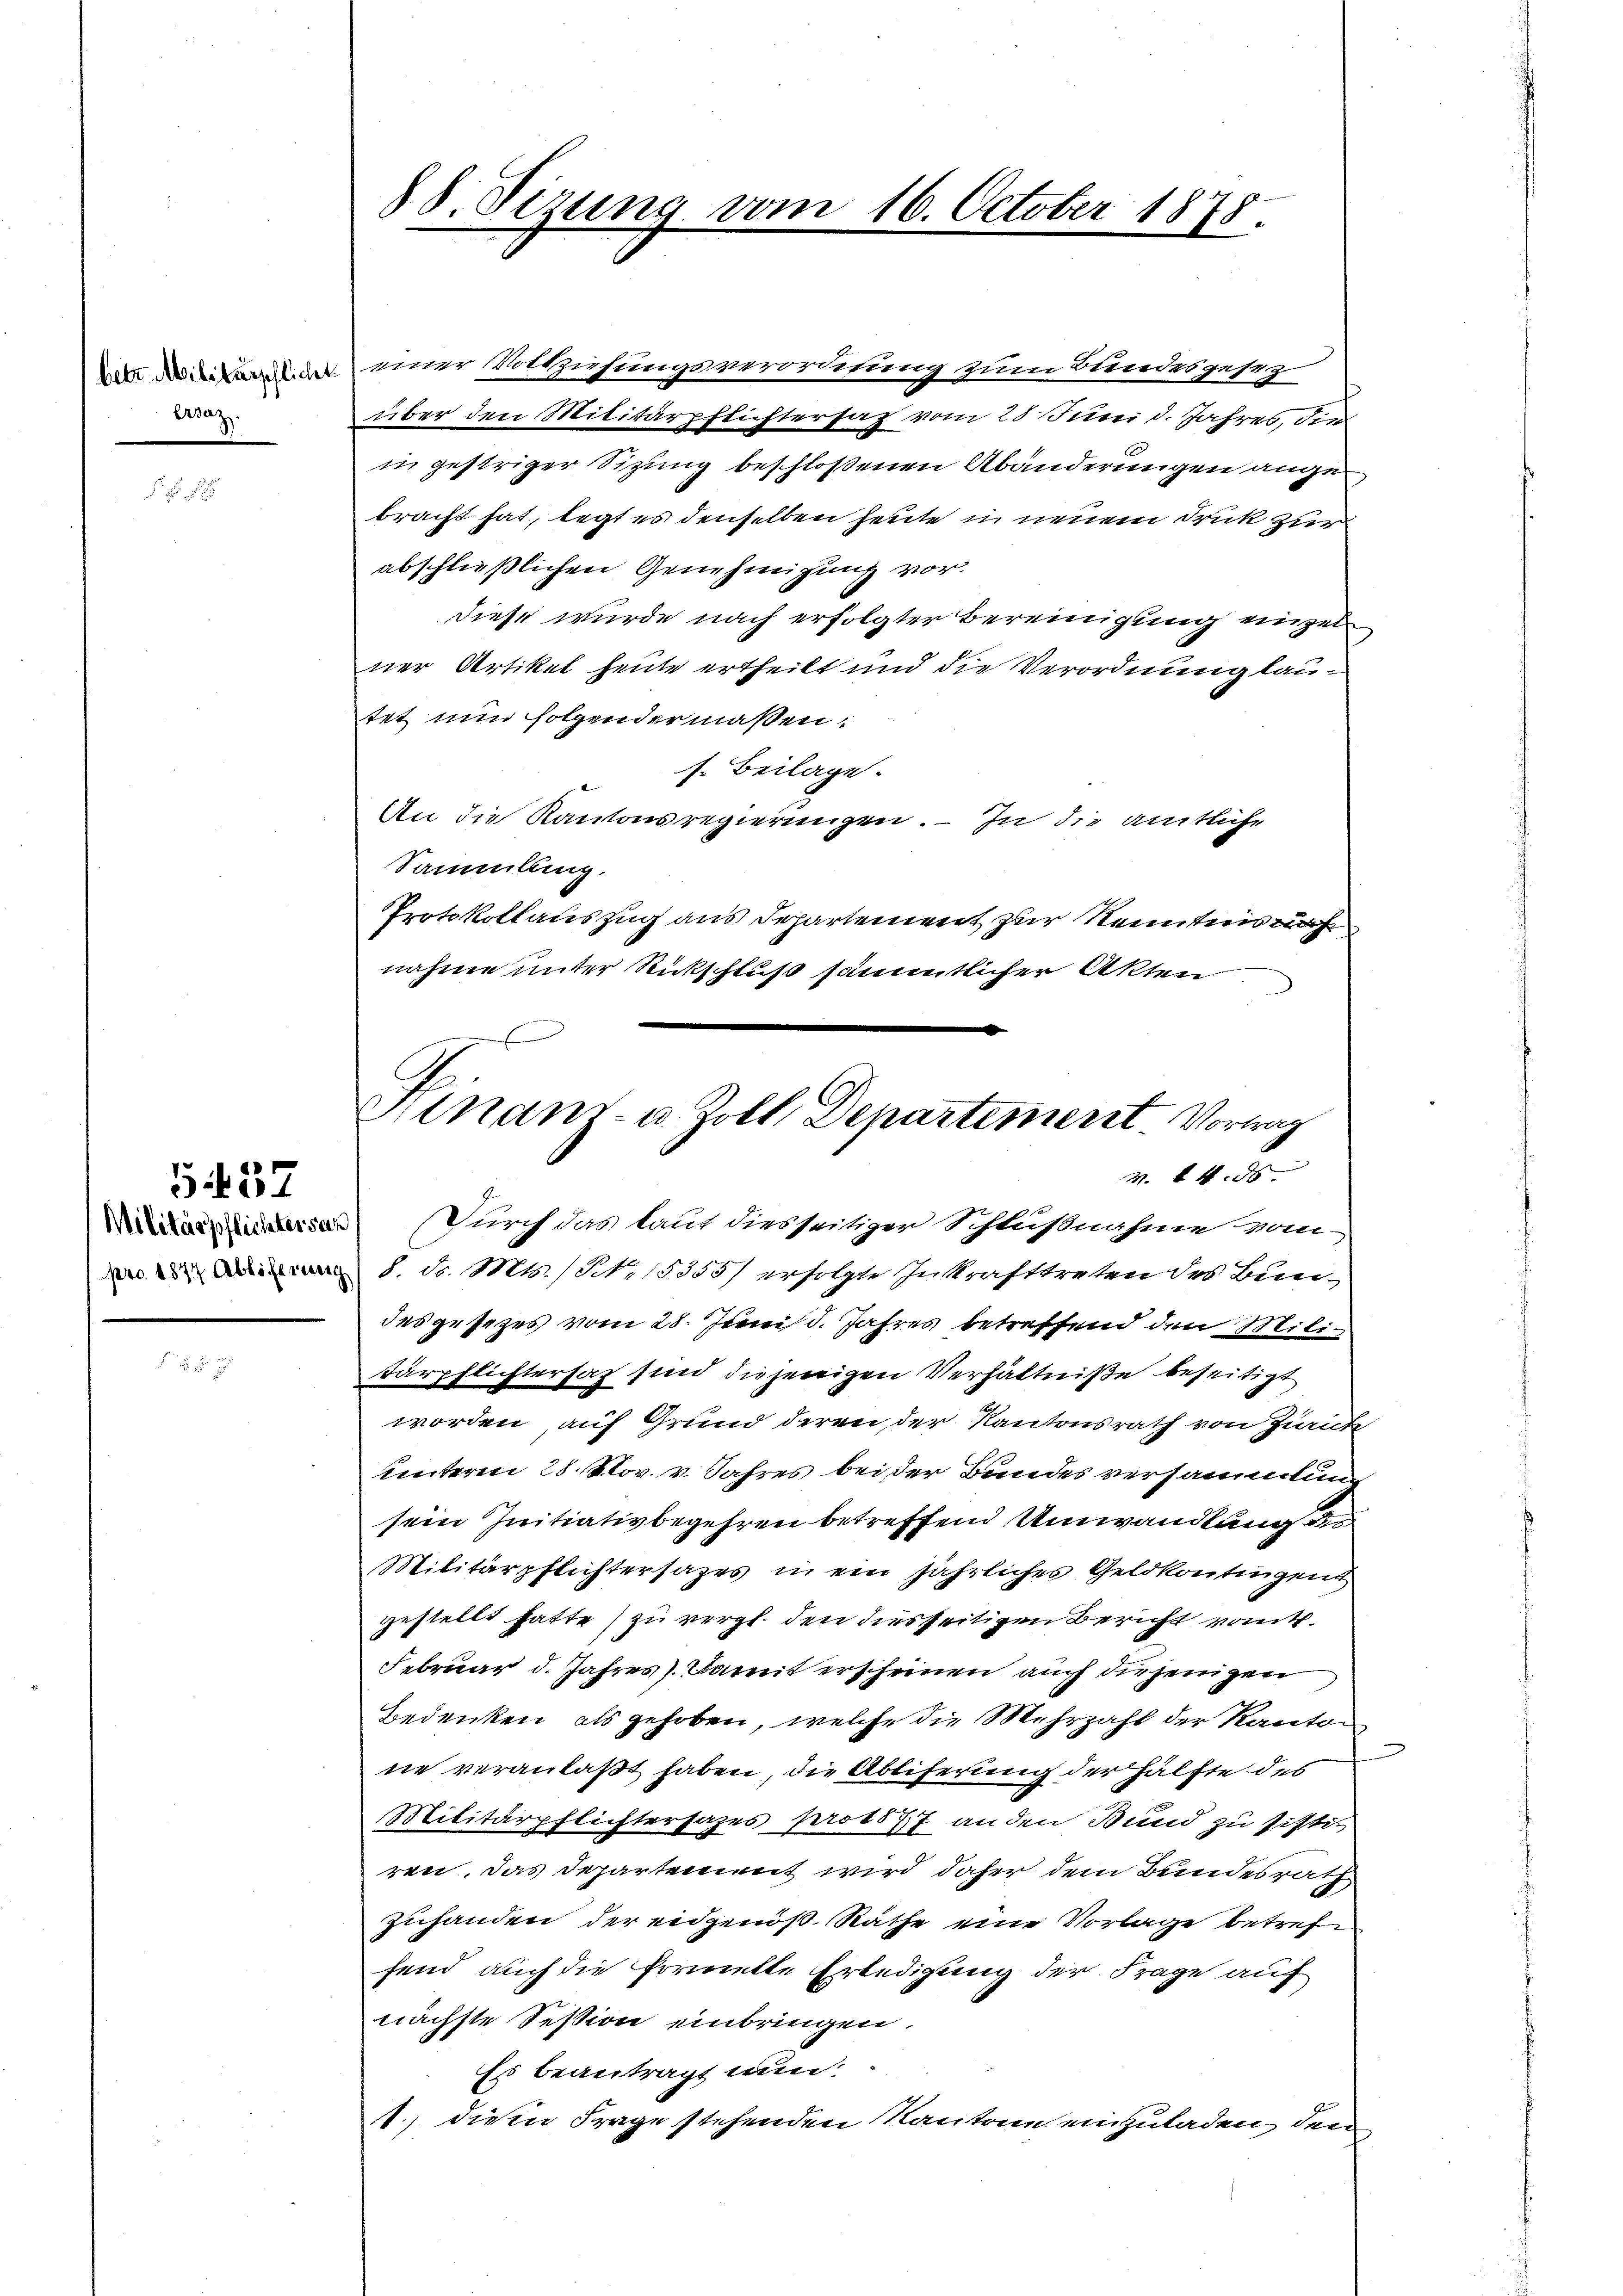
Ersatz.

Militärpflichter san

5457

88. Sizung vom 16. October 1878.

de einer Vollziehungsverordtung zum Bundesgesez
über den Militärpflichtersaz vom 28. Juni d. Jahres, die
in gestriger Sizung beschloßenen Abänderungen angebracht hat, legt es denselben heute in neuem Druk zur
abschließlichen Genehmigung vor.
diese wurde nach erfolgter Bereinigung einzelner Artikel heute ertheilt und die Verordnung lautet nun folgendermaßen:
s. Beilage.
An die Kantonsregierungen. – In die amtliche
Sammlung.
Protokollauszug aus Departement zur Kenntnis nach
nahme unter Rückschluß sämmtlicher Akten

Hinanz- u. Zoll, Departement. Vortrag
V. 14. ds
Durch das lauf diesseitiger Schlußnahme vom

en 8. d. Mts. No 153557 erfolgte Inkrafttreten des Bun-
des gesezes vom 28. Juni d. Jahres betreffend den Militärpflichtersah sind diejenigen Verhältniße beseitigt
worden, auf Grund deren der Kantonsrath von Zurück
unterm 28. Nov. v. Jahres bei der Bundes versammlung
sein Initiativbegehren betreffend Umwandlung d
Militärpflichtersages in ein jährliches Geldkontingent
gestellt hatte) zu vergl. den diesseitigen Bericht vont.
Februar d. Jahres). Damit erscheinen auch diejenigen
Bedenken als gehoben, welche die Mehrzahl der Kanton
ne veranlaßt haben, die Abtiferung der Hälfte des
Militärpflichtersages protest anden Bund zu sistis
ren. Das Departement wird daher dem Bundesrath
Zuhanden der eidgenöß. Räthe eine Vorlage betreffend auch die formelle Erledigung der Frage auf
nächste Session einbringen.
Es beantragt nun:
1) dieen Frage stehenden Kantone einzuladen, den